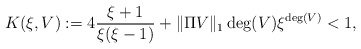
\begin{align*}K(\xi,V) := 4\frac{\xi+1}{\xi(\xi-1)} + \|\Pi V\|_1 \deg(V)\xi^{\deg(V)} < 1,\end{align*}